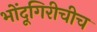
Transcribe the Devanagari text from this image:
भोंदूगिरीचीच